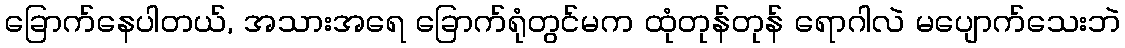
ခြောက်နေပါတယ်, အသားအရေ ခြောက်ရုံတွင်မက ထုံတုန်တုန် ရောဂါလဲ မပျောက်သေးဘဲ